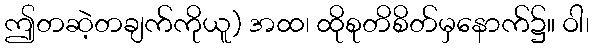
ဤတဆဲ့တချက်ကိုယူ) အထ၊ ထိုစုတိစိတ်မှနောက်၌။ ဝါ၊